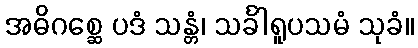
အဓိဂစ္ဆေ ပဒံ သန္တံ၊ သင်္ခါရူပသမံ သုခံ။